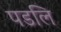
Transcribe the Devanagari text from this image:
पडलि